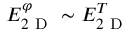
E _ { 2 \mathrm { ~ D ~ } } ^ { \varphi } \sim E _ { 2 \mathrm { ~ D ~ } } ^ { T }